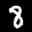
Label: 8